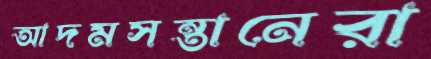
আদমসন্তানেরা